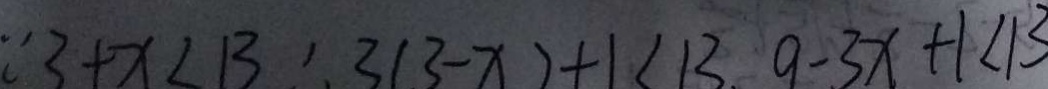
\because 3 + x < 1 3 ^ { \prime } 3 ( 3 - x ) + 1 < 1 3 9 - 3 X + 1 < 1 3